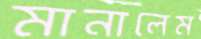
মানালেম